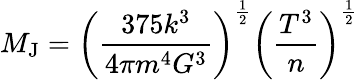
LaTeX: M_{\mathrm{J}}=\left({\frac{375k^{3}}{4\pi m^{4}G^{3}}}\right)^{\frac{1}{2}}\left({\frac{T^{3}}{n}}\right)^{\frac{1}{2}}